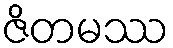
ဇိတမဿ